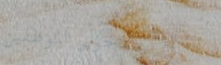
دخول الموظفين